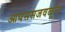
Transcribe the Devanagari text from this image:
आयससजवळून